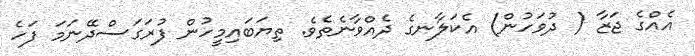
އެއްގެ ޖަޒާ ( ދުވަހުން) އެކަލާނގެ ދެއްވާނެތެވެ. ތިޔަބައިމީހުން ފުރަގަސްދޭނަމަ ފަހެ